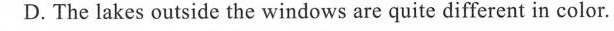
D.The lakes outside the windows are quite different in color.